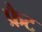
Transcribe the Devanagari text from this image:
फ्रैट